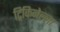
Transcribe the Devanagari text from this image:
ट्रिकिनेल्ला